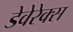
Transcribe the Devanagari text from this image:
डेवेरेक्स